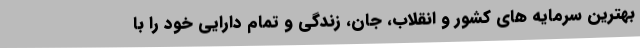
بهترین سرمایه های کشور و انقلاب، جان، زندگی و تمام دارایی خود را با